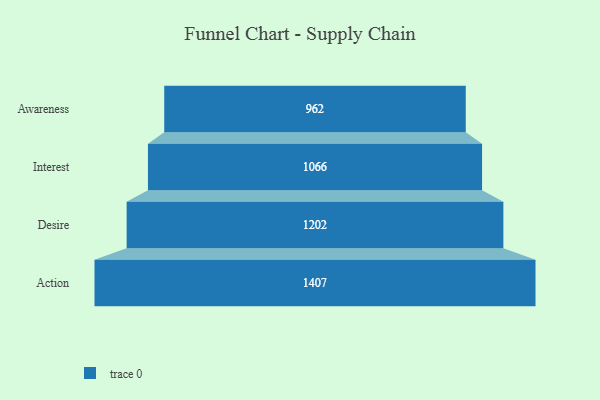
{"axis": {"x": "Stage", "y": "Value"}, "legend": [""], "data": [{"x": "Awareness", "y": 962.0, "type": ""}, {"x": "Interest", "y": 1066.0, "type": ""}, {"x": "Desire", "y": 1202.0, "type": ""}, {"x": "Action", "y": 1407.0, "type": ""}]}